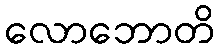
လောဘောတိ